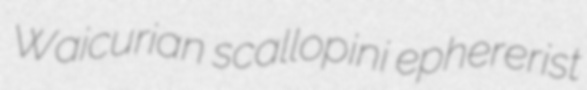
Waicurian scallopini ephererist